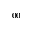
_ { 0 0 }